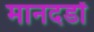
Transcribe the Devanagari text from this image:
मानदडों